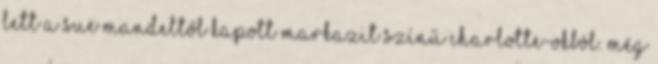
lett a Sue Mandeltől kapott markazit színű charlotte-okból. Még